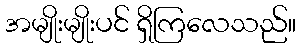
အမျိုးမျိုးပင် ရှိကြလေသည်။